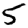
Digit: 5